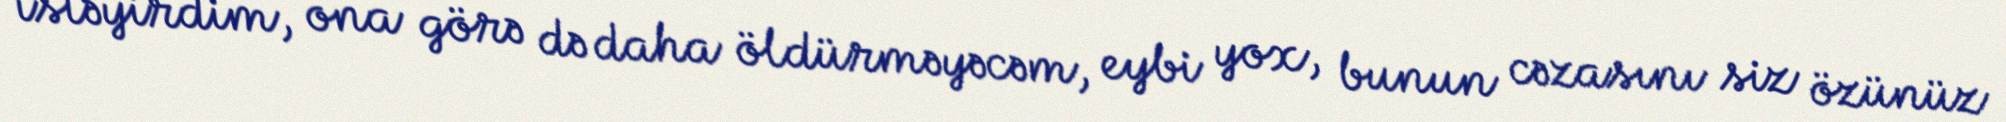
istəyirdim, ona görə də daha öldürməyəcəm, eybi yox, bunun cəzasını siz özünüz